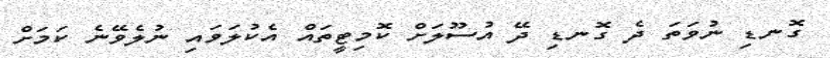
ގޮނޑި ނުވަތަ ދެ ގޮނޑި ދޭ އުސޫލަށް ކޮމިޓީތައް އެކުލަވައި ނުލެވޭނެ ކަމަށް